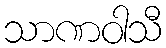
သာဏဝါသီ